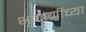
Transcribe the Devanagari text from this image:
भाजणीच्या